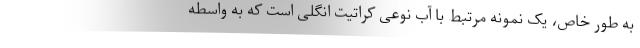
به طور خاص، یک نمونه مرتبط با آب نوعی کراتیت انگلی است که به واسطه